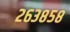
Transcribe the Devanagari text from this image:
२६३८५८